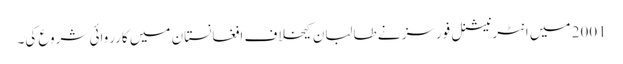
2001 میں انٹرنیشنل فورسز نے طالبان کیخلاف افغانستان میں کارروائی شروع کی۔